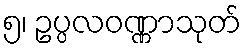
၅၊ ဥပ္ပလဝဏ္ဏာသုတ်